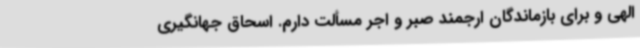
الهی و برای بازماندگان ارجمند صبر و اجر مسألت دارم. اسحاق جهانگیری